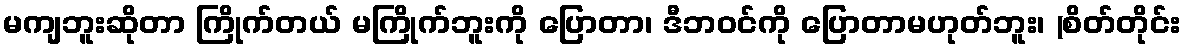
မကျဘူးဆိုတာ ကြိုက်တယ် မကြိုက်ဘူးကို ပြောတာ၊ ဒီဘဝင်ကို ပြောတာမဟုတ်ဘူး၊ (စိတ်တိုင်း